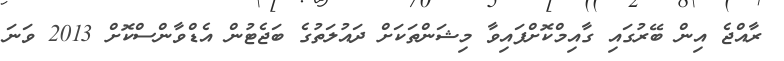
ރާއްޖެ އިން ބޭރުގައި ގާއިމްކޮށްފައިވާ މިޝަންތަކަށް ދައުލަތުގެ ބަޖެޓުން އެޑްވާންސްކޮށް 2013 ވަނަ